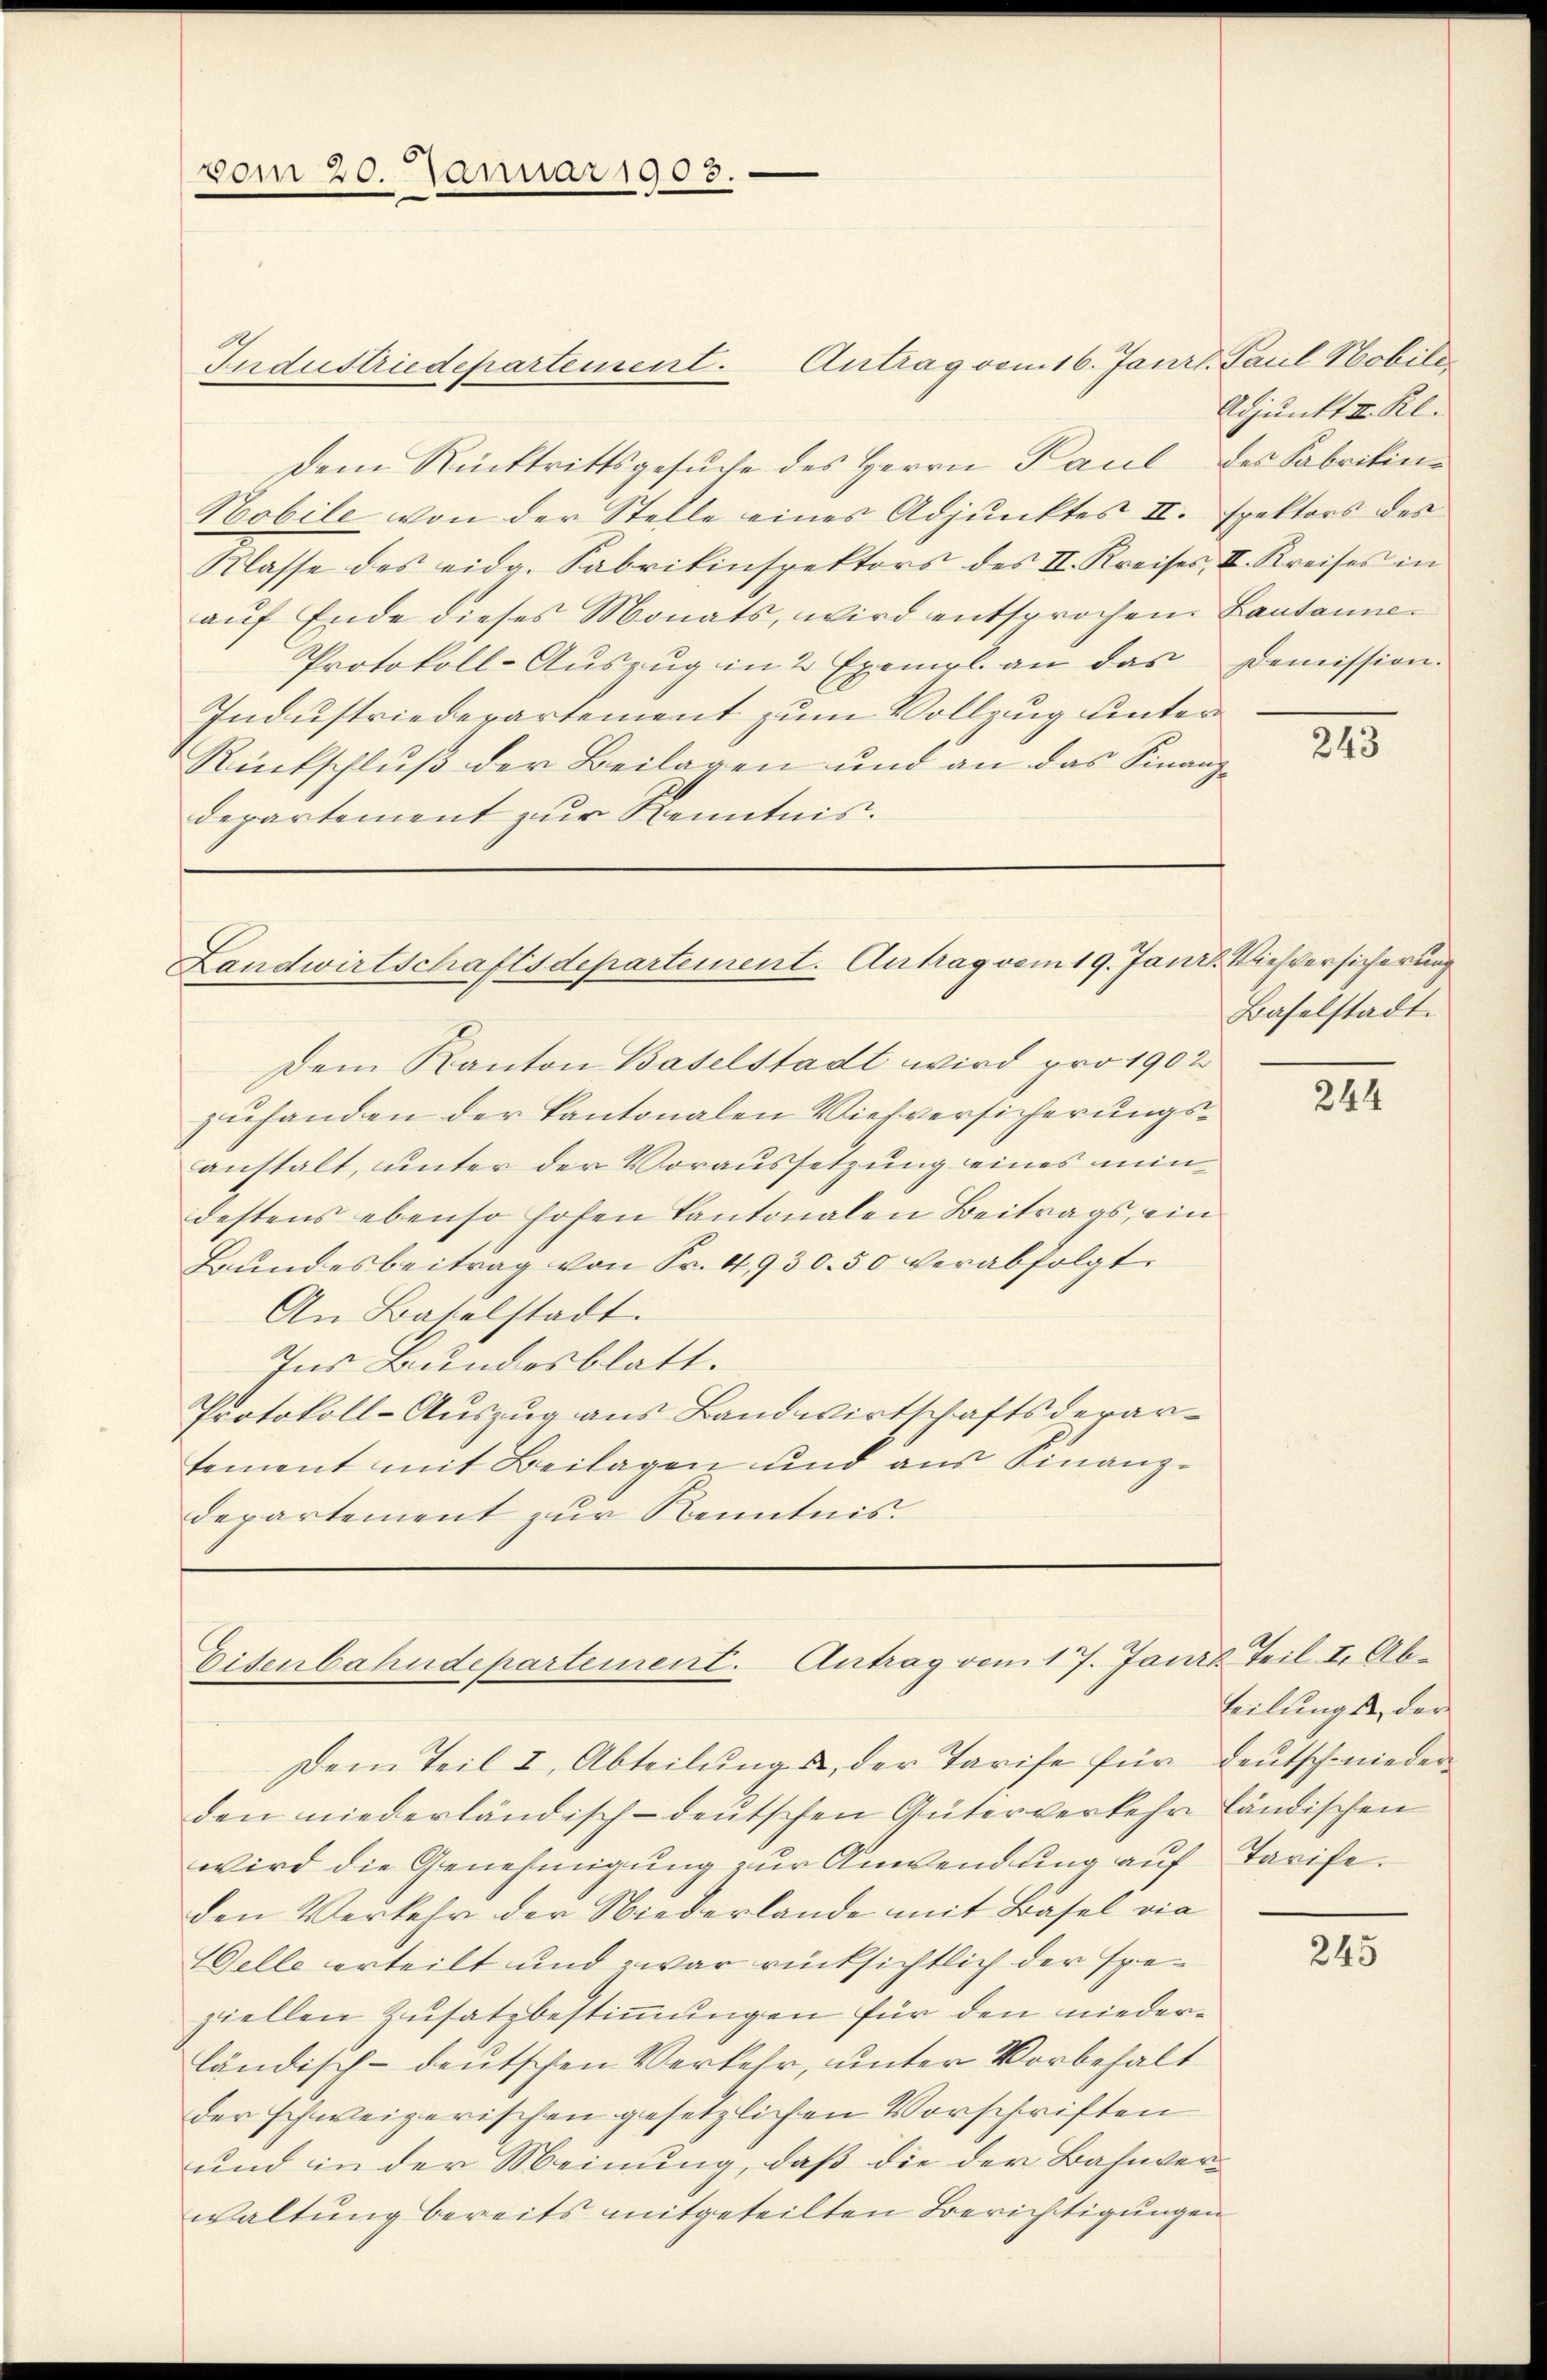
vom 20. Januar 1903.

Industriedepartement. Antrag vom 16. Janrl. Paul Hobile
Dem Rücktrittsgesŭche des Herrn Paul des Fabrikin¬
Nobile von der Stelle eines Adjunktes II. spektors des
Klasse des eidg. Sabrikinspektors des II. Kreises, II. Kreises in
aŭf Ende dieses Monats, wird entsprochen Lausanne¬
Protokoll-Aŭszŭg in 2 Exempl. an das Demission.
Industriedepartement zum Vollzung unter
Rückschluß der Beilagen und an das Finanzdepartement zur Kenntnis.

Landwirtschaftsdepartement. Antrag vom 19. Janis Viehversicherung

Eisenbahndepartement. Antrag vom 17. Janiz Teil I. Ab¬

Adjunkt II. Kl.

Dem Kanton Baselstadt wird pro 1902
zuhanden der Kantonalen Viehversicherungsanstalt, unter der Voraussetzung eines min
destens ebenso hofen Kantonalen Beitrags, ein
Bŭndesbeitrag von Fr. 4,930.50 verabfolgt.
An Baselstadt.
Ins Bundesblatt.
Protokoll-Auszug aus Bandwirtschaftsderartement mit Beilagen und aus Finanz-
departement zur Kenntnis.

Dem Teil I, Abteilŭng u. der Tarife für Leŭtschniederden niederländisch-deutschen Güterverkehr ländischen
wird die Genehmigung zur Anwendung auf
den Verkehr der Niederlande mit Basel vie
Welle erteilt und zwar rücksichtlich der speziellen Zusatzbestimmungen für den niederländisch-deutschen Verkehr, unter Vorbehält
der schweizerischen gesetzlichen Vorschriften
und in der Meinung, daß die der Bahnverwaltung bereits mitgeteilten Berichtigungen

215

Baselstadt.

244

teilungs der
Tarife.

245